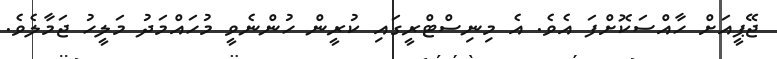
ޖޭޕީއަށް ހާއްސަކޮށްފަ އެވެ. އެ މިނިސްޓްރީގައި ކުރީން ހުންނެވީ މުހައްމަދު މަލީހު ޖަމާލެވެ.